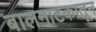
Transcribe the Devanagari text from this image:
बालनाटकातून